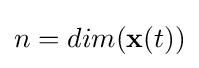
n=dim({\mathbf {x} }(t))